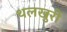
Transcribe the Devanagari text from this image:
थलखुरी